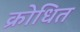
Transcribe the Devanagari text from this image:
क्रोधित